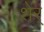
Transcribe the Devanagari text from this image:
शेर्